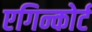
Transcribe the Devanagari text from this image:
एगिन्कोर्ट